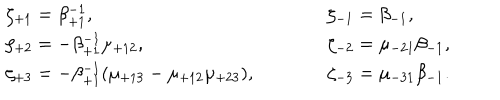
LaTeX: \begin{array} { l c l } { { \zeta _ { + 1 } = \beta _ { + 1 } ^ { - 1 } , } } & { { \qquad } } & { { \zeta _ { - 1 } = \beta _ { - 1 } , } } \\ { { \zeta _ { + 2 } = - \beta _ { + 1 } ^ { - 1 } \mu _ { + 1 2 } , } } & { { \qquad } } & { { \zeta _ { - 2 } = \mu _ { - 2 1 } \beta _ { - 1 } , } } \\ { { \zeta _ { + 3 } = - \beta _ { + 1 } ^ { - 1 } ( \mu _ { + 1 3 } - \mu _ { + 1 2 } \mu _ { + 2 3 } ) , } } & { { \qquad } } & { { \zeta _ { - 3 } = \mu _ { - 3 1 } \beta _ { - 1 } . } } \\ \end{array}